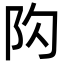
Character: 𨸤